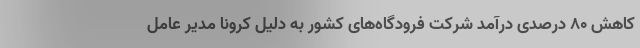
کاهش 80 درصدی درآمد شرکت فرودگاه‌های کشور به دلیل کرونا مدیر عامل